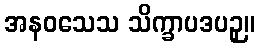
အနဝသေသ သိက္ခာပဒပဉှ။